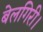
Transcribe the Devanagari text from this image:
बेलगिरी।